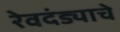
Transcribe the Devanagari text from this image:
रेवदंड्याचे